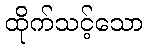
ထိုက်သင့်သော